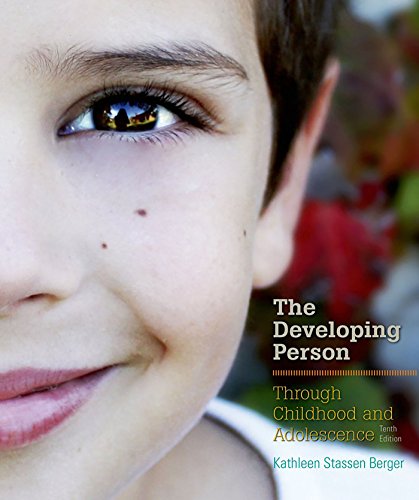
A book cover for Developing Person Through Childhood and Adolescence; Kathleen Stassen Berger; Medical Books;